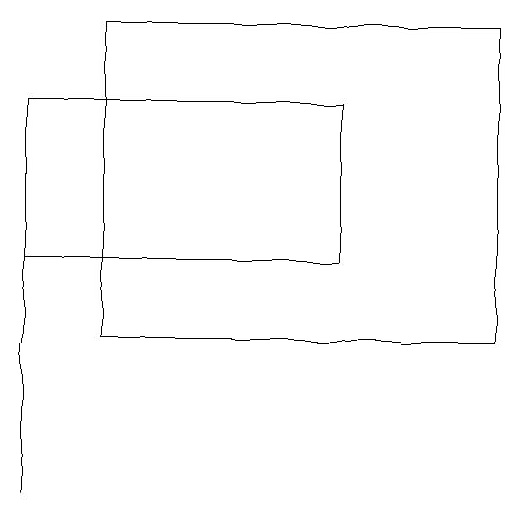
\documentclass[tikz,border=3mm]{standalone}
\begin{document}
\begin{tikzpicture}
\draw (1,16) rectangle (5,14);
\draw (2,17) rectangle (7,13);
\draw (1,11) rectangle (1,16);
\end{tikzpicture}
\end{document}